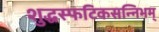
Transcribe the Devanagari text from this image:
शुद्धस्फटिकसन्निभम्